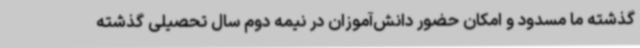
گذشته ما مسدود و امکان حضور دانش‌آموزان در نیمه دوم سال تحصیلی گذشته